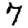
Digit: 7